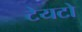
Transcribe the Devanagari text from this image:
टेयटो